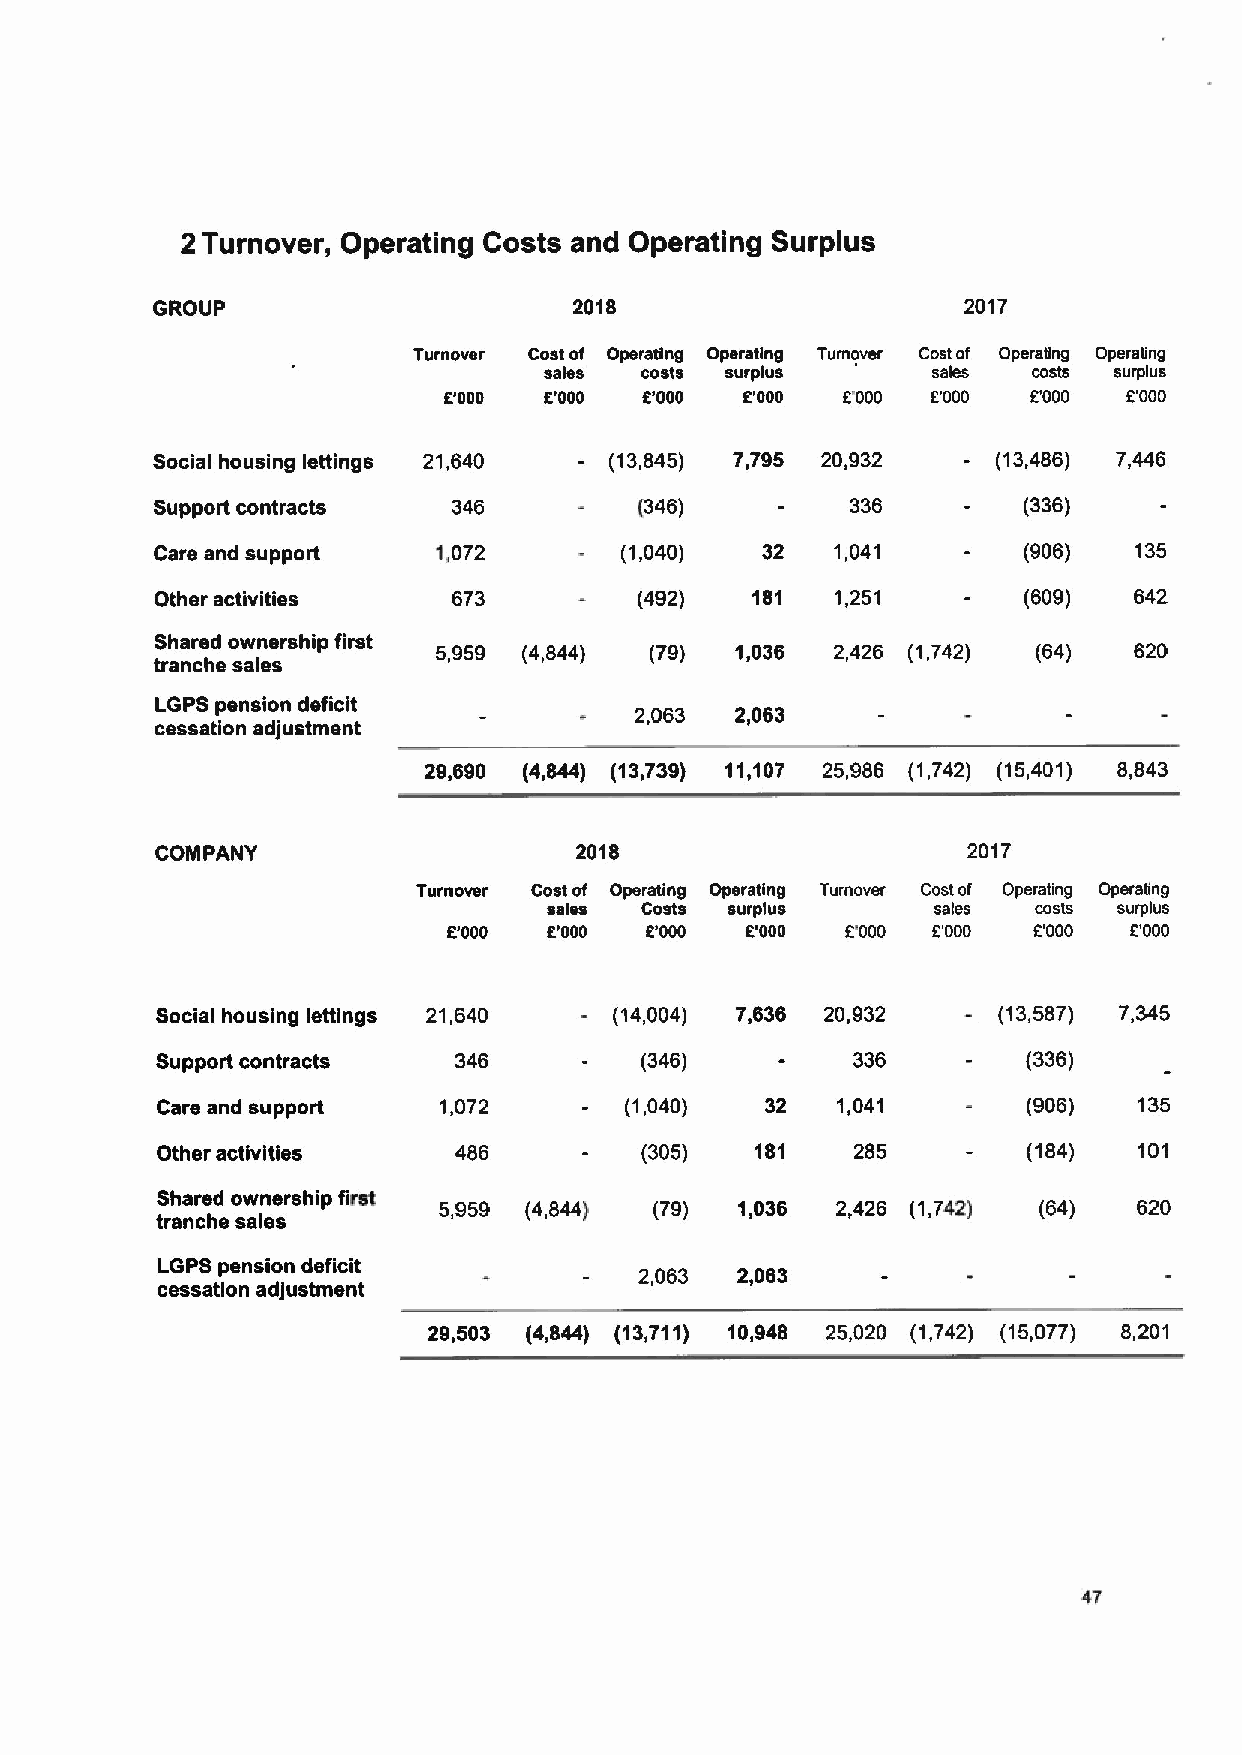
2Turnover, Operating Costs and Operating Surplus
 GROUP                       2018            Turnover  2017
 Turnover Cost of Operating Operating Cost of Operating Operating
 sales costs surplus       sales costs surplus
 E'000  E'000  E'000 E'000  E'000 E'000 0000   rooo
 Social housing lettings 21,640 (13,845) 7,795 20,932    (13,486) 7,446
 Support contracts   346         (346)         336         (336)
 Care and support   1,072       (1,040)  32   1,041        (906)  135
 Other activities    673         (492)   181  1,251        (609)  642
 Shared ownership first
 5,959 (4,844) (79)  1,036 2,426 (1,742) (64)  620
 tranche sales
 LGPS pension deficit
 2,063  2,063
 cessation adjustment
 29,690 (4,844) (13,739) 11,107 25,986 (1,742) (15,401) 8,843
 COMPANY                     2018                      2017
 Turnover Cost of Operating Operating Turnover Costof Operating Operating
 sales Costs surplus       sales  costs surplus
 E'000 E'000  E'000 E'000  C000  E'000 0000   E'000
 Social housing lettings 21,640 (14,004) 7,636 20,932  - (13,587) 7,345
 Support contracts   346         (346)          336        (336)
 Care and support   1,072       (1,040)   32  1,041        (906)  135
 Other activities    486         (305)   181    285    -   (184)  101
 Shared ownership first
 5,959 (4,844) (79)  1,036 2,426 (1,742) (64)  620
 tranche sales
 LGPS pension deficit
 2,063  2,063
 cessation adjustment
 29,503 (4,844) (13,711) 10,948 25,020 (1,742) (15,077) 8,201
 47